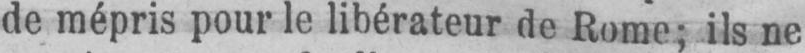
de mépris pour le libérateur de Rome; ils ne